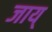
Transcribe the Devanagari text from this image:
जाय्